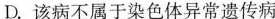
D.该病不属于染色体异常遗传病